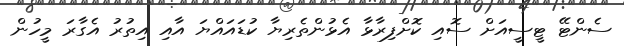
ސެންޓޭ ޓީސީއަށް ސޮއި ކޮށްފިރާޅާ އެޅުންތެރިޔާ ކުޑައައްޔަ އާއި އިތުރު އެގާރަ މީހުން